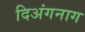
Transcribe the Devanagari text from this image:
दिअंगनाग